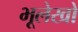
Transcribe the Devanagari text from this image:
भूलेखों